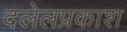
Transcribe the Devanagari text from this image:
दलेलप्रकाश